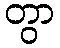
တွာ